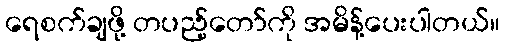
ရေစက်ချဖို့ တပည့်တော်ကို အမိန့်ပေးပါတယ်။